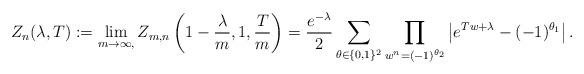
LaTeX: \begin{align*}Z_n(\lambda,T) &:= \lim_{ m \to \infty, } Z_{m,n}\left( 1- \frac{\lambda}{m} , 1 , \frac{T}{m} \right) = \frac{e^{-\lambda}}{2}\sum_{\theta \in \{0,1\}^2} \prod_{w^n = (-1)^{\theta_2}} \left| e^{ Tw + \lambda} - (-1)^{\theta_1} \right|.\end{align*}